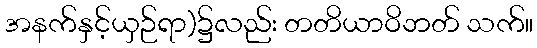
အနက်နှင့်ယှဉ်ရာ)၌လည်း တတိယာဝိဘတ် သက်။